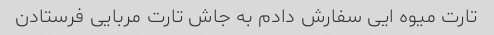
تارت میوه ایی سفارش دادم به جاش تارت مربایی فرستادن